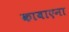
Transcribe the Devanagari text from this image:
काबाएना